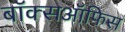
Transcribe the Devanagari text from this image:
बाॅक्सऑफिस